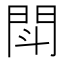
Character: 閗